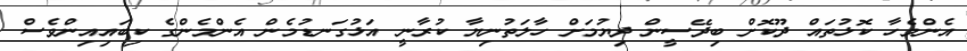
އެންމެހާ ކޮޅުތައް ދޫކޮށް ބިދޭސީން ދިޔުމަށް ހާލަތުނިޔާ ކުރާނީ އަޅުގަނޑުމެން އެންމެންގެ ކިބައިއިންވެސް